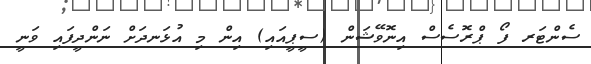
ސެންޓަރ ފޯ ޕްރޮސެސް އިނޮވޭޝަން (ސީޕީއައި) އިން މި އުޅަނދަށް ނަންދީފައި ވަނީ